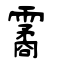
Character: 霱